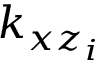
k _ { x z _ { i } }